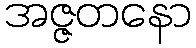
အဇ္ဇတနော